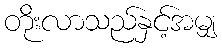
တိုးလာသည်နှင့်အမျှ